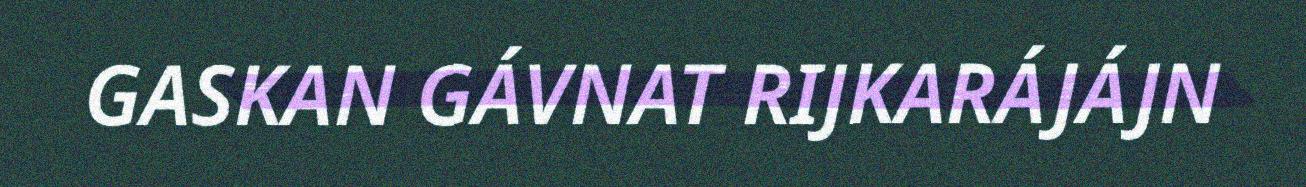
GASKAN GÁVNAT RIJKARÁJÁJN